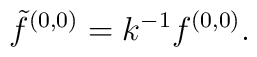
{\tilde f^{(0,0)} = k^{-1} f^{(0,0)}.}